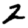
Digit: 2